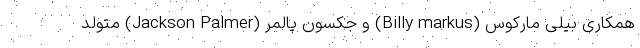
همکاری بیلی مارکوس (Billy markus) و جکسون پالمر (Jackson Palmer) متولد